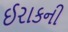
ઈરાકની